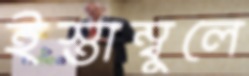
ইস্তাম্বুলে